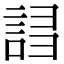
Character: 𧧠